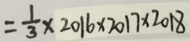
= \frac { 1 } { 3 } \times 2 0 1 6 \times 2 0 1 7 \times 2 0 1 8